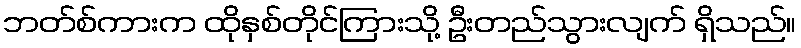
ဘတ်စ်ကားက ထိုနှစ်တိုင်ကြားသို့ ဦးတည်သွားလျက် ရှိသည်။